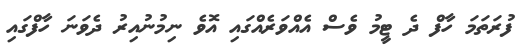
ފުރަތަމަ ހާފް ދެ ޓީމު ވެސް އެއްވަރެއްގައި އޮވެ ނިމުނުއިރު ދެވަނަ ހާފްގައި